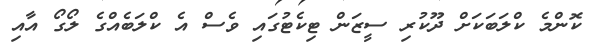
ކޮންމެ ކްލަބަކަށް ދޫކުރި ސީޒަން ޓިކެޓުގައި ވެސް އެ ކްލަބެއްގެ ލޯގޯ އާއި